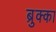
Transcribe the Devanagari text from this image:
ब्रुक्का